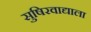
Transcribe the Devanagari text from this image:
सुषिरवाद्याला